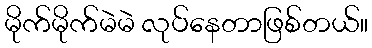
မိုက်မိုက်မဲမဲ လုပ်နေတာဖြစ်တယ်။